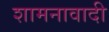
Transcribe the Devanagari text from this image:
शामनावादी